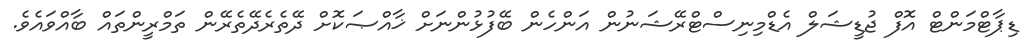
ޑިޕާޓްމަންޓް އޮފް ޖުޑީޝަލް އެޑްމިނިސްޓްރޭޝަނުން އަންހެން ބޭފުޅުންނަށް ޚާއްޞަކޮށް ދޭތެރެދޭތެރޭން ތަމްރީންތައް ބާއްވައެވެ.